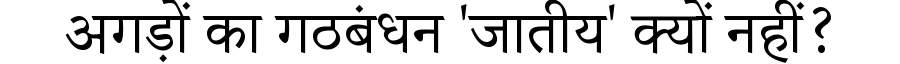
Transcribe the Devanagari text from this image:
अगड़ों का गठबंधन 'जातीय' क्यों नहीं?